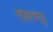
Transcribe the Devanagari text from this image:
रावतभट्ट